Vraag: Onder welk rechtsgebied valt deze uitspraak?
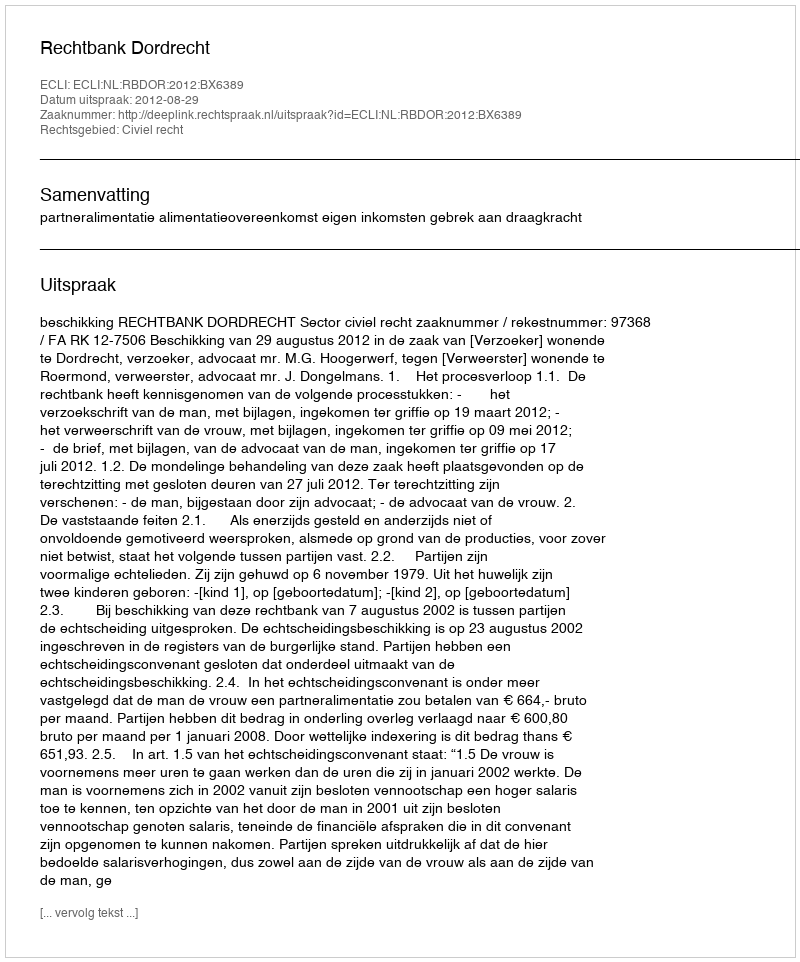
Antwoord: Civiel recht